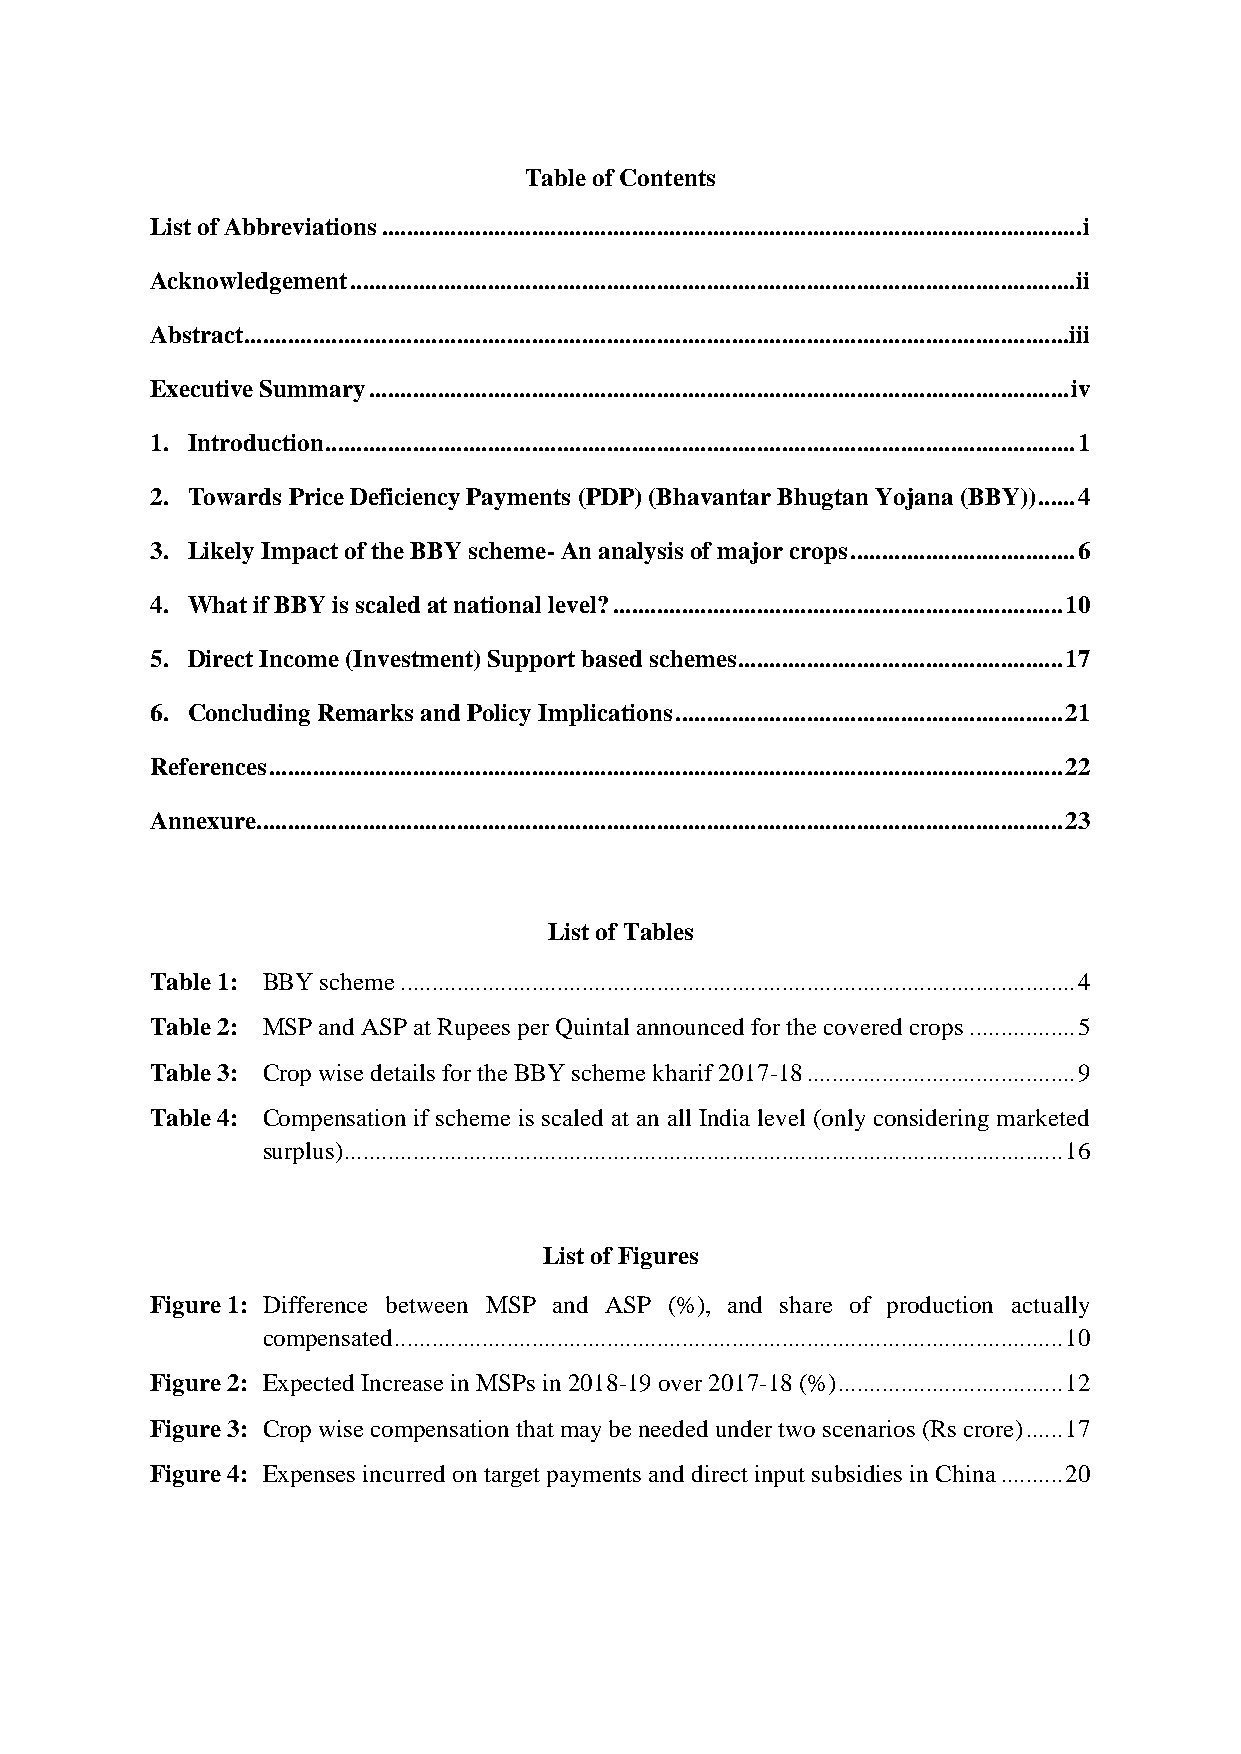
Table of Contents
 List of Abbreviations ................................................................................................................ i
 Acknowledgement .................................................................................................................... ii
 Abstract ....................................................................................................................................iii
 Executive Summary ................................................................................................................ iv
 1. Introduction ........................................................................................................................ 1
 2. Towards Price Deficiency Payments (PDP) (Bhavantar Bhugtan Yojana (BBY)) ...... 4
 3. Likely Impact of the BBY scheme- An analysis of major crops .................................... 6
 4. What if BBY is scaled at national level? ........................................................................ 10
 5. Direct Income (Investment) Support based schemes .................................................... 17
 6. Concluding Remarks and Policy Implications .............................................................. 21
 References ............................................................................................................................... 22
 Annexure ................................................................................................................................. 23
 List of Tables
 Table 1: BBY scheme ............................................................................................................ 4
 Table 2: MSP and ASP at Rupees per Quintal announced for the covered crops ................. 5
 Table 3: Crop wise details for the BBY scheme kharif 2017-18 ........................................... 9
 Table 4: Compensation if scheme is scaled at an all India level (only considering marketed
 surplus) ................................................................................................................... 16
 List of Figures
 Figure 1: Difference between MSP and ASP (%), and share of production actually
 compensated ........................................................................................................... 10
 Figure 2: Expected Increase in MSPs in 2018-19 over 2017-18 (%) .................................... 12
 Figure 3: Crop wise compensation that may be needed under two scenarios (Rs crore) ...... 17
 Figure 4: Expenses incurred on target payments and direct input subsidies in China .......... 20